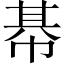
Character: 𢃛